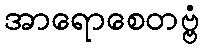
အာရောစေတဗ္ဗံ